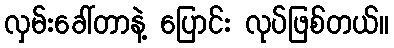
လှမ်းခေါ်တာနဲ့ ပြောင်း လုပ်ဖြစ်တယ်။